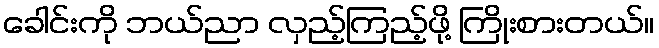
ခေါင်းကို ဘယ်ညာ လှည့်ကြည့်ဖို့ ကြိုးစားတယ်။